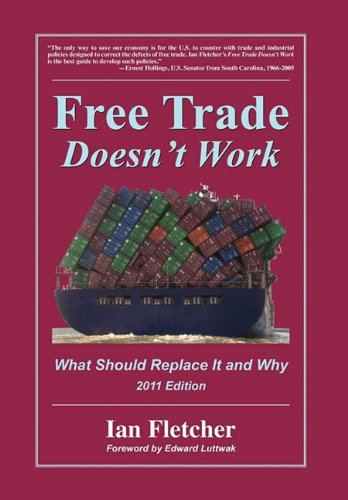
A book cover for Free Trade Doesn't Work: What Should Replace It and Why, 2011 Edition; Ian Fletcher; Business & Money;